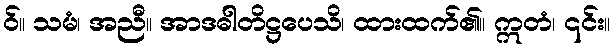
ဝ်။ သမံ၊ အညီ။ အာဒဓါတိဋ္ဌပေသိ၊ ထားထက်၏။ ဣတံ၊ ၎င်း။